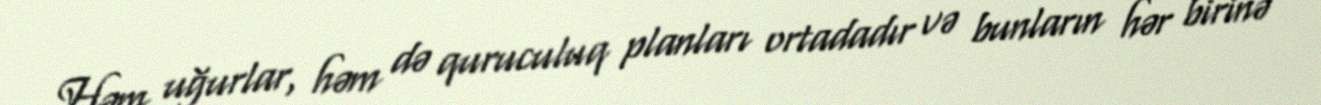
Həm uğurlar, həm də quruculuq planları ortadadır və bunların hər birinə